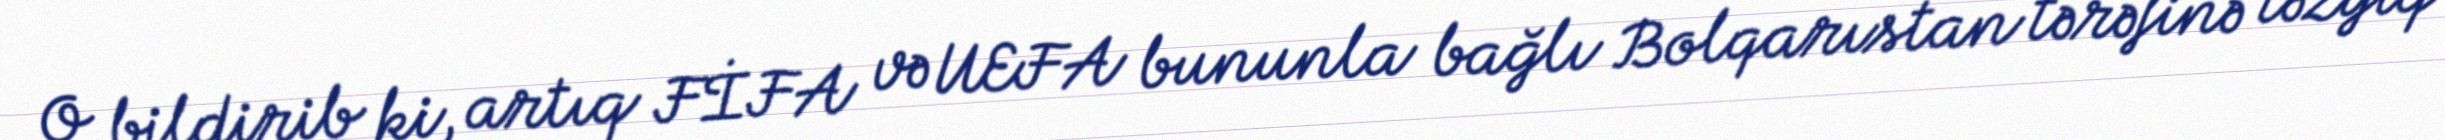
O bildirib ki, artıq FİFA və UEFA bununla bağlı Bolqarıstan tərəfinə təzyiq